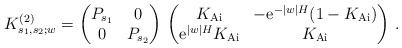
\begin{align*}K^{(2)}_{s_1,s_2;w} = \begin{pmatrix} P_{s_1} & 0 \\ 0 & P_{s_2} \\\end{pmatrix}\,\begin{pmatrix} K_{\rm Ai} & - \mathrm{e}^{-|w| H}(1- K_{\rm Ai}) \\ \mathrm{e}^{|w|H} K_{\rm Ai} & K_{\rm Ai} \\\end{pmatrix}\,.\end{align*}